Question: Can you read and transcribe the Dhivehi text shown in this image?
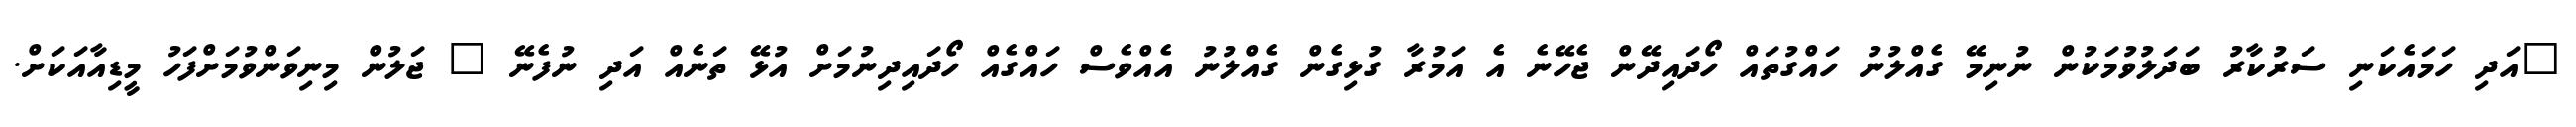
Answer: "އަދި ހަމައެކަނި ސަރުކާރު ބަދަލުވުމަކުން ނުނިމޭ ގެއްލުނު ހައްގުތައް ހޯދައިދޭން ޖެހޭނެ އެ އަމުރާ ގުޅިގެން ގެއްލުނު އެއްވެސް ހައްގެއް ހޯދައިދިނުމަށް އުޅޭ ތަނެއް އަދި ނުފެނޭ " ޖަލުން މިނިވަންވުމަށްފަހު މީޑިއާއަކަށް.